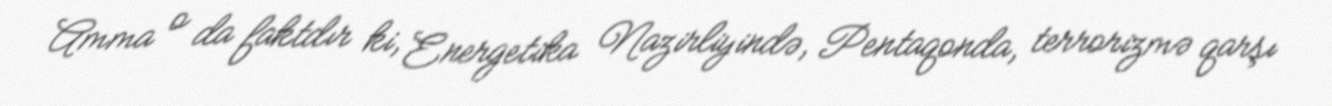
Amma o da faktdır ki, Energetika Nazirliyində, Pentaqonda, terrorizmə qarşı